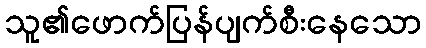
သူ၏ဖောက်ပြန်ပျက်စီးနေသော